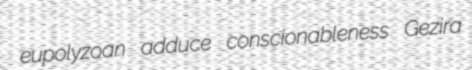
eupolyzoan adduce conscionableness Gezira